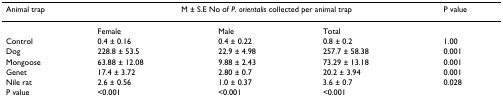
<table><thead><tr><td><b>Animal trap</b></td><td colspan="3"><b>M ± S.E No of <i>P. orientalis </i>collected per animal trap</b></td><td><b>P value</b></td></tr></thead><tbody><tr><td></td><td>Female</td><td>Male</td><td>Total</td><td></td></tr><tr><td>Control</td><td>0.4 ± 0.16</td><td>0.4 ± 0.22</td><td>0.8 ± 0.2</td><td>1.00</td></tr><tr><td>Dog</td><td>228.8 ± 53.5</td><td>22.9 ± 4.98</td><td>257.7 ± 58.38</td><td>0.001</td></tr><tr><td>Mongoose</td><td>63.88 ± 12.08</td><td>9.88 ± 2.43</td><td>73.29 ± 13.18</td><td>0.001</td></tr><tr><td>Genet</td><td>17.4 ± 3.72</td><td>2.80 ± 0.7</td><td>20.2 ± 3.94</td><td>0.001</td></tr><tr><td>Nile rat</td><td>2.6 ± 0.56</td><td>1.0 ± 0.37</td><td>3.6 ± 0.7</td><td>0.028</td></tr><tr><td>P value</td><td>&lt;0.001</td><td>&lt;0.001</td><td>&lt;0.001</td><td></td></tr></tbody></table>